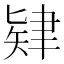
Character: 肄